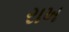
રાખ